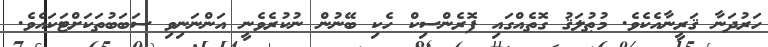
ހަރުދަނާ ޤަރީނާއެކެވެ. މުޠުލަޤު ގޮތެއްގައި ފޮރެންސިކް ހެކި ބޭނުން ނުކުރެވެނީ އަންނަނިވި ސަބަބުތަކަށްޓަކައެވެ.